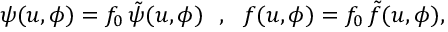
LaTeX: \psi ( u , \phi ) = f _ { 0 } \, \tilde { \psi } ( u , \phi ) \ \ , \ \ f ( u , \phi ) = f _ { 0 } \, \tilde { f } ( u , \phi ) ,